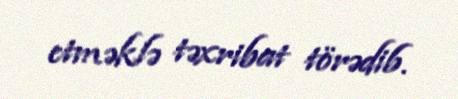
etməklə təxribat törədib.